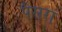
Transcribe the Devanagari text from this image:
पैसरा